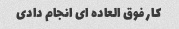
کار فوق العاده ای انجام دادی